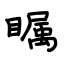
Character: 瞩